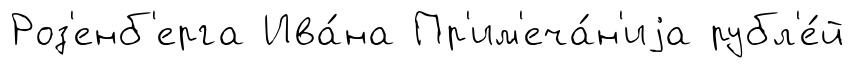
Роз'енб'ерга Ива́на Пр'им'еча́н'иjа рубл'е́й